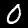
Label: 0